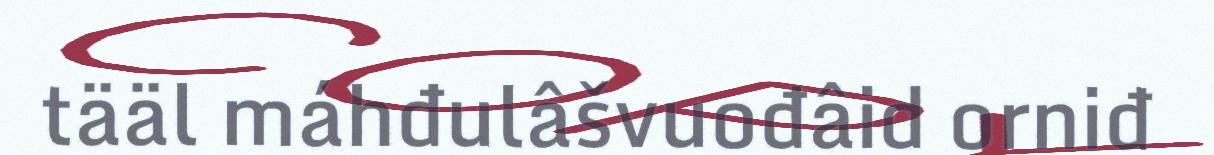
tääl máhđulâšvuođâid orniđ